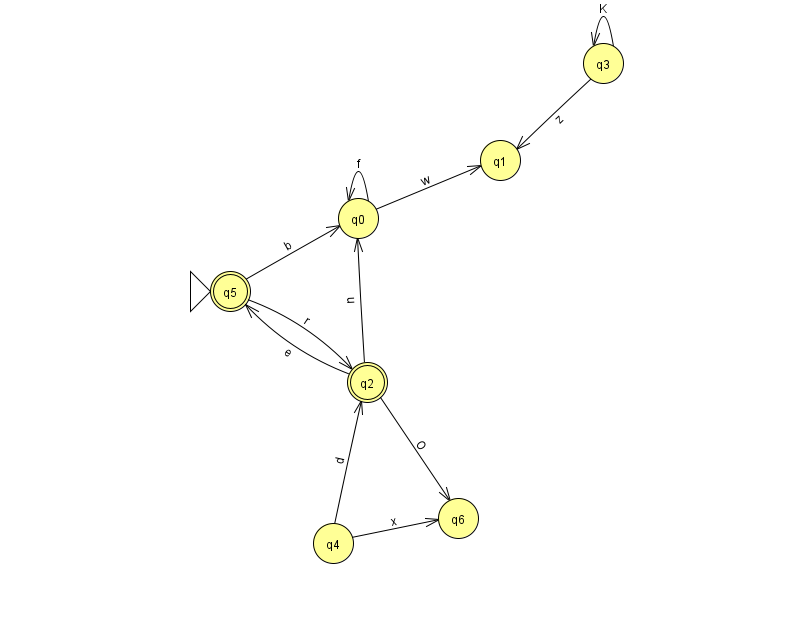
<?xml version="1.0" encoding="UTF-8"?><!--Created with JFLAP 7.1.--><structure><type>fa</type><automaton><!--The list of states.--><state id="0" name="q0"><x>358.0</x><y>205.0</y></state><state id="1" name="q1"><x>500.0</x><y>147.0</y></state><state id="2" name="q2"><x>367.0</x><y>369.0</y><final/></state><state id="3" name="q3"><x>603.0</x><y>50.0</y></state><state id="4" name="q4"><x>333.0</x><y>530.0</y></state><state id="5" name="q5"><x>230.0</x><y>278.0</y><initial/><final/></state><state id="6" name="q6"><x>458.0</x><y>505.0</y></state><!--The list of transitions.--><transition><from>3</from><to>1</to><read>z</read></transition><transition><from>0</from><to>1</to><read>w</read></transition><transition><from>0</from><to>0</to><read>f</read></transition><transition><from>2</from><to>6</to><read>O</read></transition><transition><from>5</from><to>0</to><read>b</read></transition><transition><from>2</from><to>5</to><read>e</read></transition><transition><from>4</from><to>6</to><read>x</read></transition><transition><from>3</from><to>3</to><read>K</read></transition><transition><from>2</from><to>0</to><read>u</read></transition><transition><from>4</from><to>2</to><read>d</read></transition><transition><from>5</from><to>2</to><read>r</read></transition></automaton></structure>